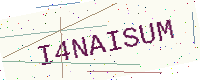
Text: I4NAISUM